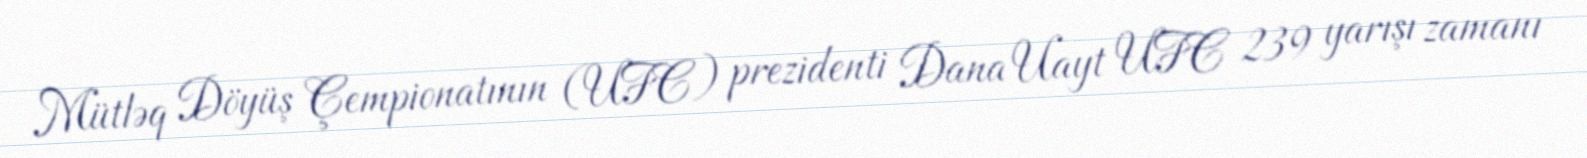
Mütləq Döyüş Çempionatının (UFC) prezidenti Dana Uayt UFC 239 yarışı zamanı